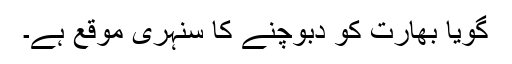
گویا بھارت کو دبوچنے کا سنہری موقع ہے۔